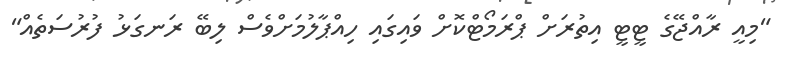
"މިއީ ރާއްޖޭގެ ޓީޓީ އިތުރަށް ޕްރަމޯޓްކޮށް ވައިގައި ހިއްޕާލުމަށްވެސް ލިބޭ ރަނގަޅު ފުރުސަތެއް"